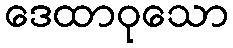
ဒေထာဝုသော